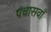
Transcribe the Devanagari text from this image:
पचासवाँ